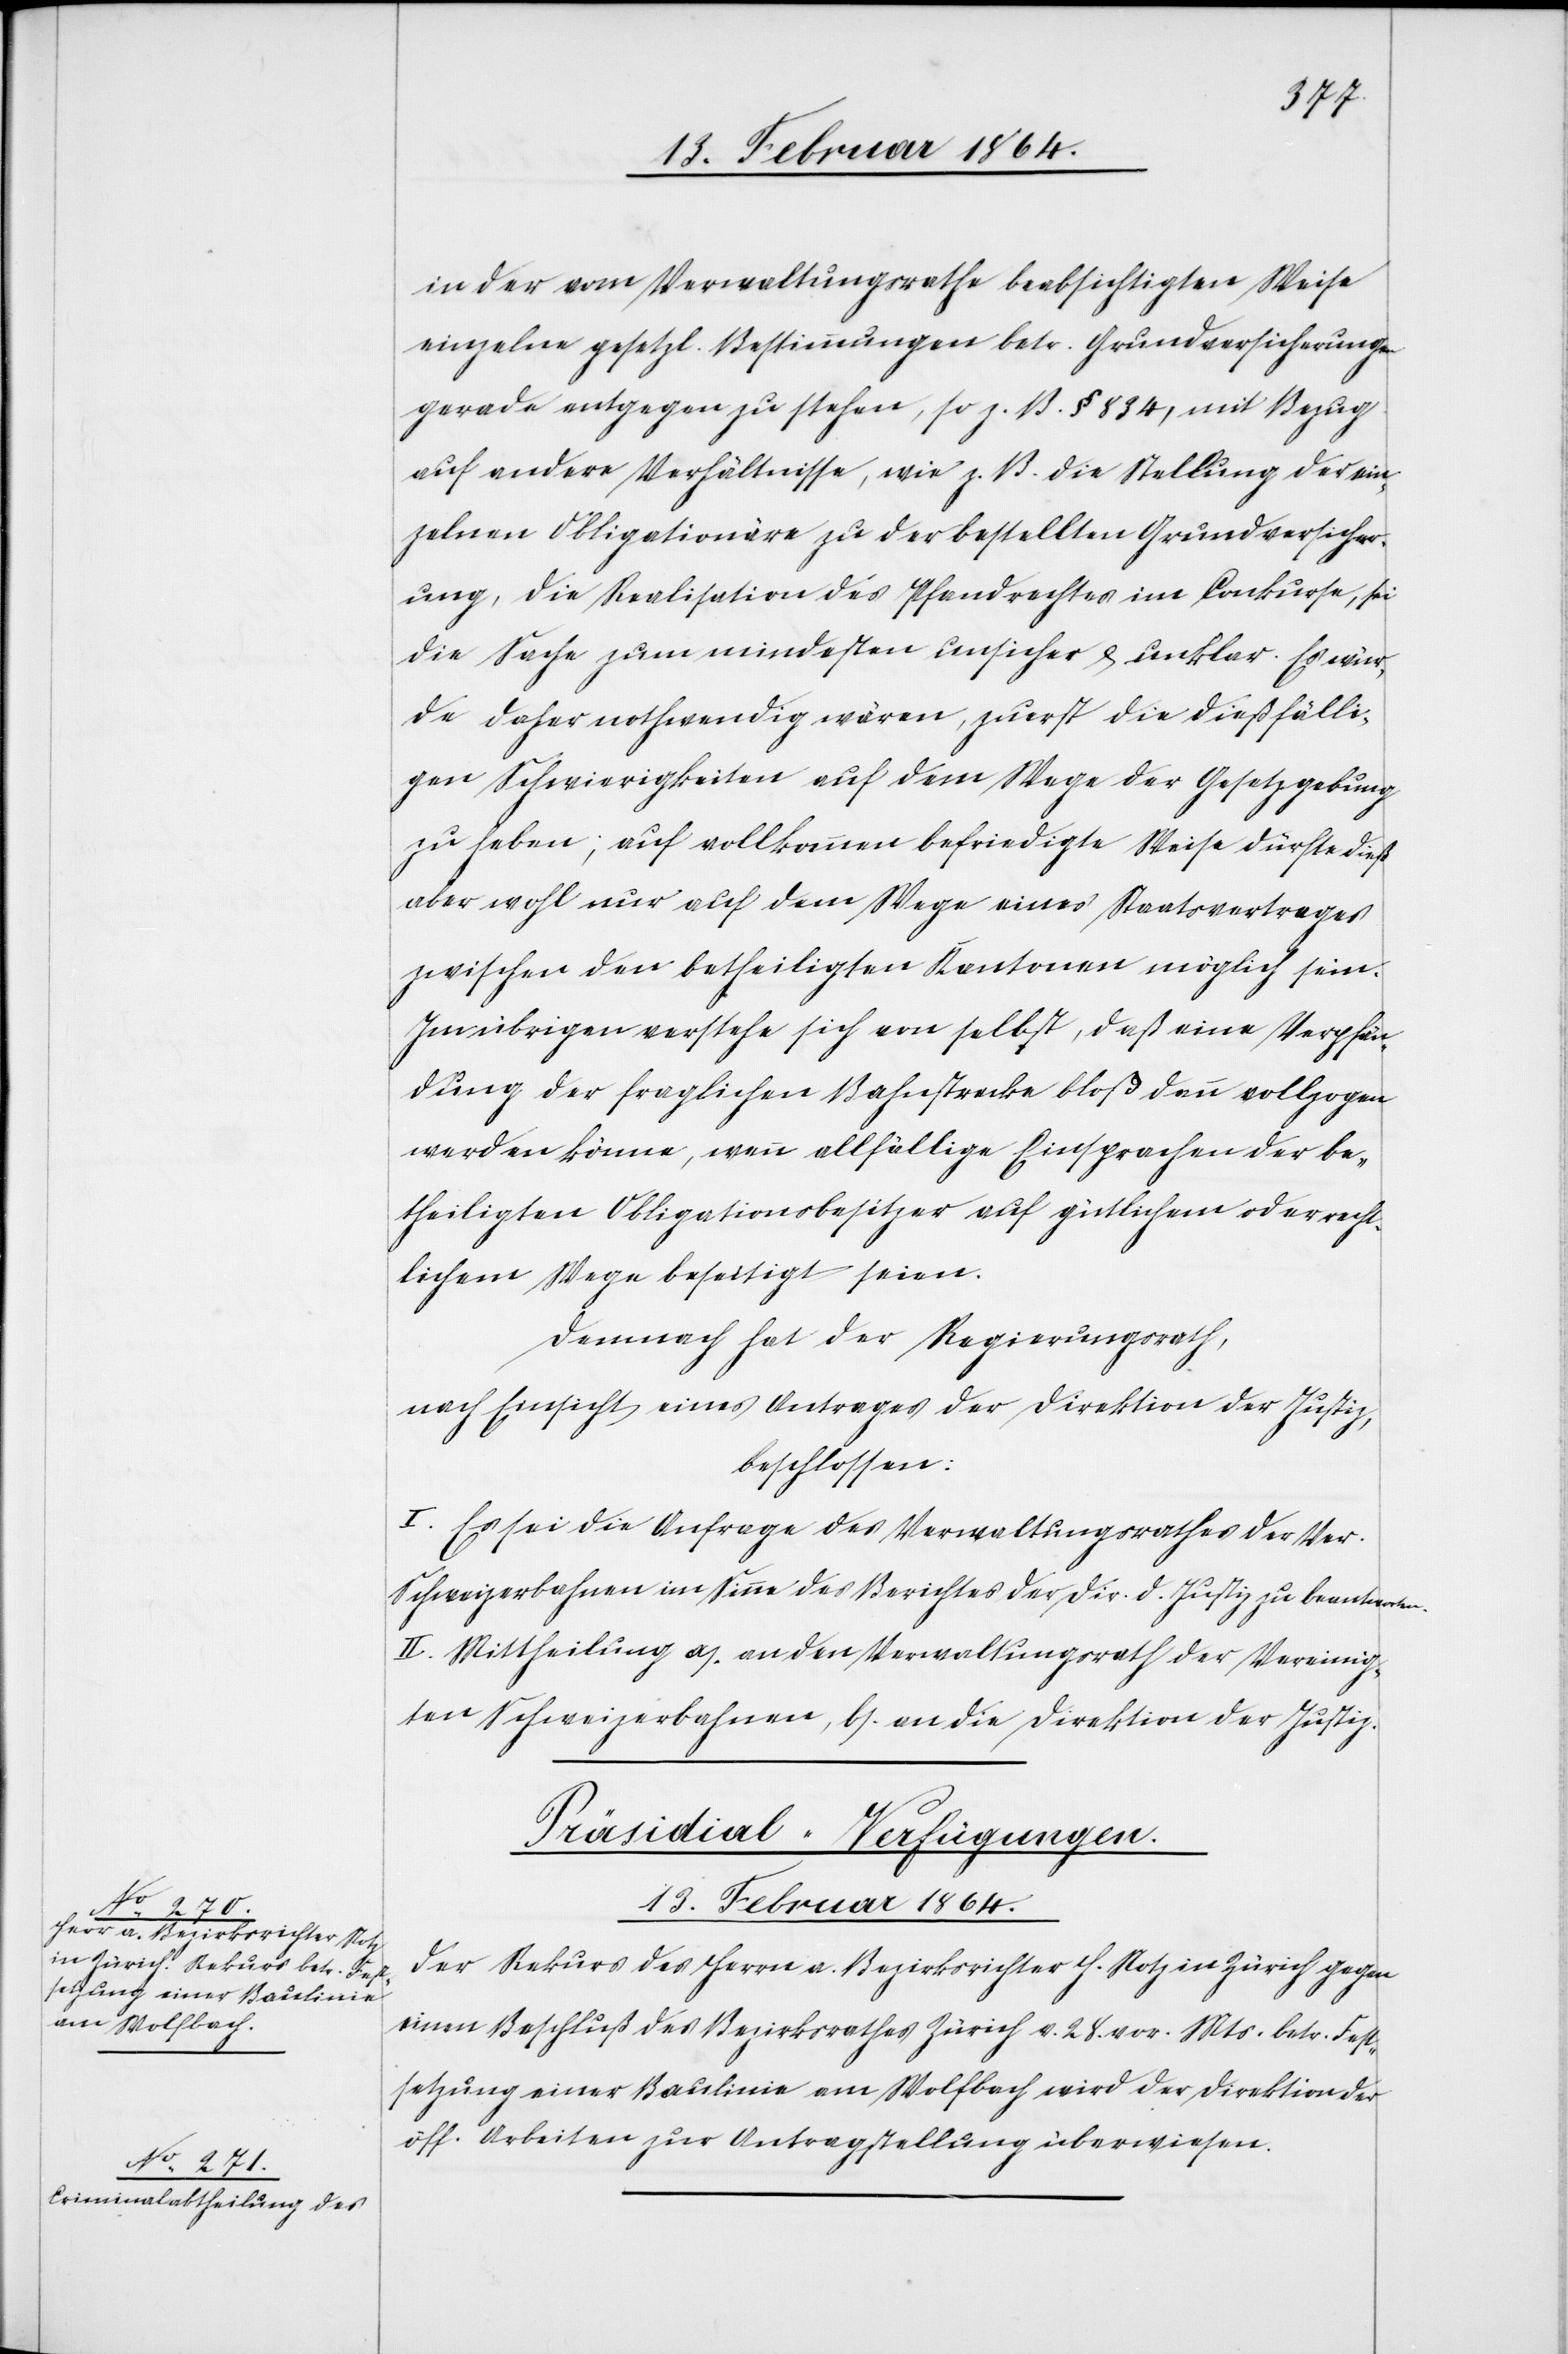
in der vom Verwaltungsrathe beabsichtigten Weise
einzelne gesetzl. Bestimmungen betr. Grundversicherungen
gerade entgegen zu stehen, so z. B. § 834, mit Bezug
auf andere Verhältnisse, wie z. B. die Stellung der ein¬
zelnen Obligationäre zu der bestellten Grundversicher¬
ung, die Realisation des Pfandrechtes im Conkurse, sei
die Sache zum mindesten unsicher & unklar. Es wür¬
de daher nothwendig wären [sic!], zuerst die dießfälli¬
gen Schwierigkeiten auf dem Wege der Gesetzgebung
zu haben; auf vollkommen befriedigte Weise dürfte dieß
aber wohl nur auf dem Wege eines Staatsvertrages
zwischen den betheiligten Kantonen möglich sein.
Im übrigen verstehe sich von selbst, daß eine Verpfän¬
dung der fraglichen Bahnstrecke bloß dann vollzogen
werden könne, wenn allfällige Einsprachen der be¬
theiligten Obligationsbesitzer auf gütlichem oder recht¬
lichem Wege beseitigt seien.
Demnach hat der Regierungsrath,
nach Einsicht eines Antrages der Direktion der Justiz,
beschlossen:
I. Es sei die Anfrage des Verwaltungsrathes der Ver.
Schweizerbahnen im Sinne des Berichtes der Dir. d. Justiz zu beantworten.
II. Mittheilung a.) an den Verwaltungsrath der Vereinig¬
ten Schweizerbahnen, b.) an die Direktion der Justiz.
Präsidial-Verfügungen.
13. Februar 1864.
Der Rekurs des Herrn a. Bezirksrichter H. Notz in Zürich gegen
einen Beschluß des Bezirksrathes Zürich v. 28. vor. Mts. betr. Fest¬
setzung einer Baulinie am Wolfbach wird der Direktion der
öff. Arbeiten zur Antragstellung überwiesen.